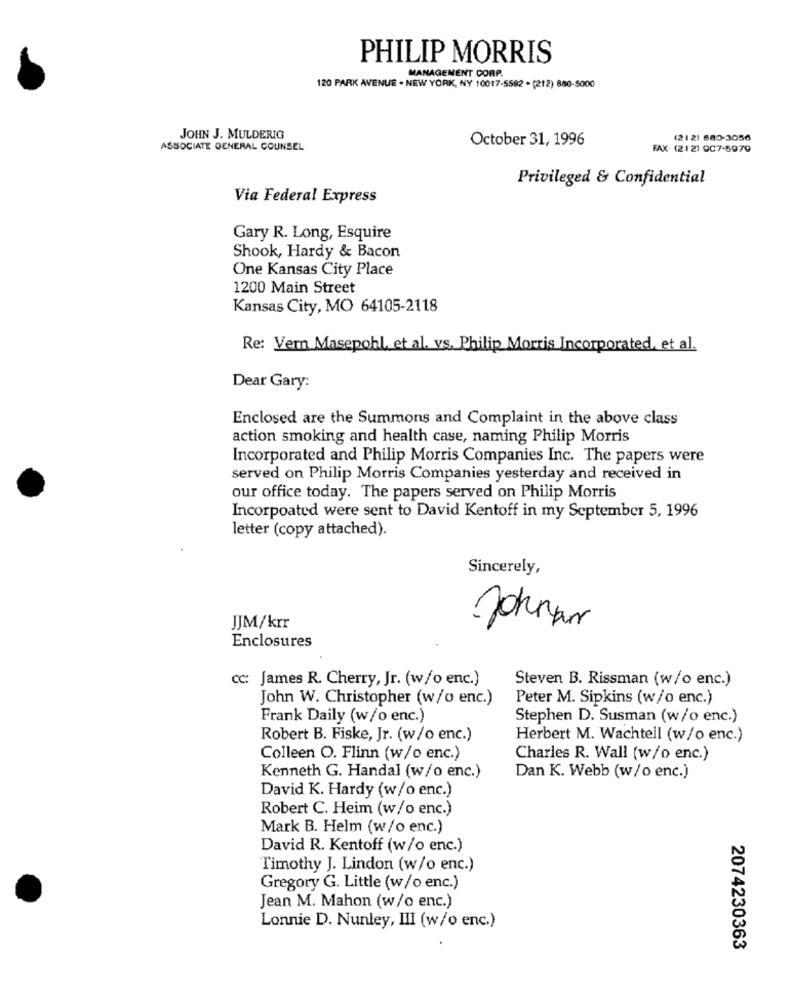
PHILIP MORRIS
MANAGEMENT CORP.
120 PARK AVENUE . NEW YORK, NY 10017-5592 - (212) 880-5000
JOHN J. MULDERIG
October 31, 1996
(21 21 880-3056
ASSOCIATE GENERAL COUNSEL
FAX: (21 21 9C7-5979
Privileged & Confidential
Via Federal Express
Gary R. Long, Esquire
Shook, Hardy & Bacon
One Kansas City Place
1200 Main Street
Kansas City, MO 64105-2118
Re: Vern Masepohl, et al. vs. Philip Morris Incorporated, et al.
Dear Gary:
Enclosed are the Summons and Complaint in the above class
action smoking and health case, naming Philip Morris
Incorporated and Philip Morris Companies Inc. The papers were
served on Philip Morris Companies yesterday and received in
our office today. The papers served on Philip Morris
Incorpoated were sent to David Kentoff in my September 5, 1996
letter (copy attached).
Sincerely,
JJM/krr
Johna
Enclosures
cc: James R. Cherry, Jr. (w/o enc.)
Steven B. Rissman (w/o enc.)
John W. Christopher (w/o enc.)
Peter M. Sipkins (w/o enc.)
Frank Daily (w/o enc.)
Stephen D. Susman (w/o enc.)
Robert B. Fiske, Jr. (w/o enc.)
Herbert M. Wachtell (w/o enc.)
Colleen O. Flinn (w/o enc.)
Charles R. Wall (w/o enc.)
Kenneth G. Handal (w/o enc.)
Dan K. Webb (w/o enc.)
David K. Hardy (w/o enc.)
Robert C. Heim (w/o enc.)
Mark B. Helm (w/o enc.)
David R. Kentoff (w/o enc.)
Timothy J. Lindon (w/o enc.)
Gregory G. Little (w/o enc.)
Jean M. Mahon (w/o enc.)
Lonnie D. Nunley, III (w/o enc.)
2074230363